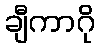
ချီကာဂို